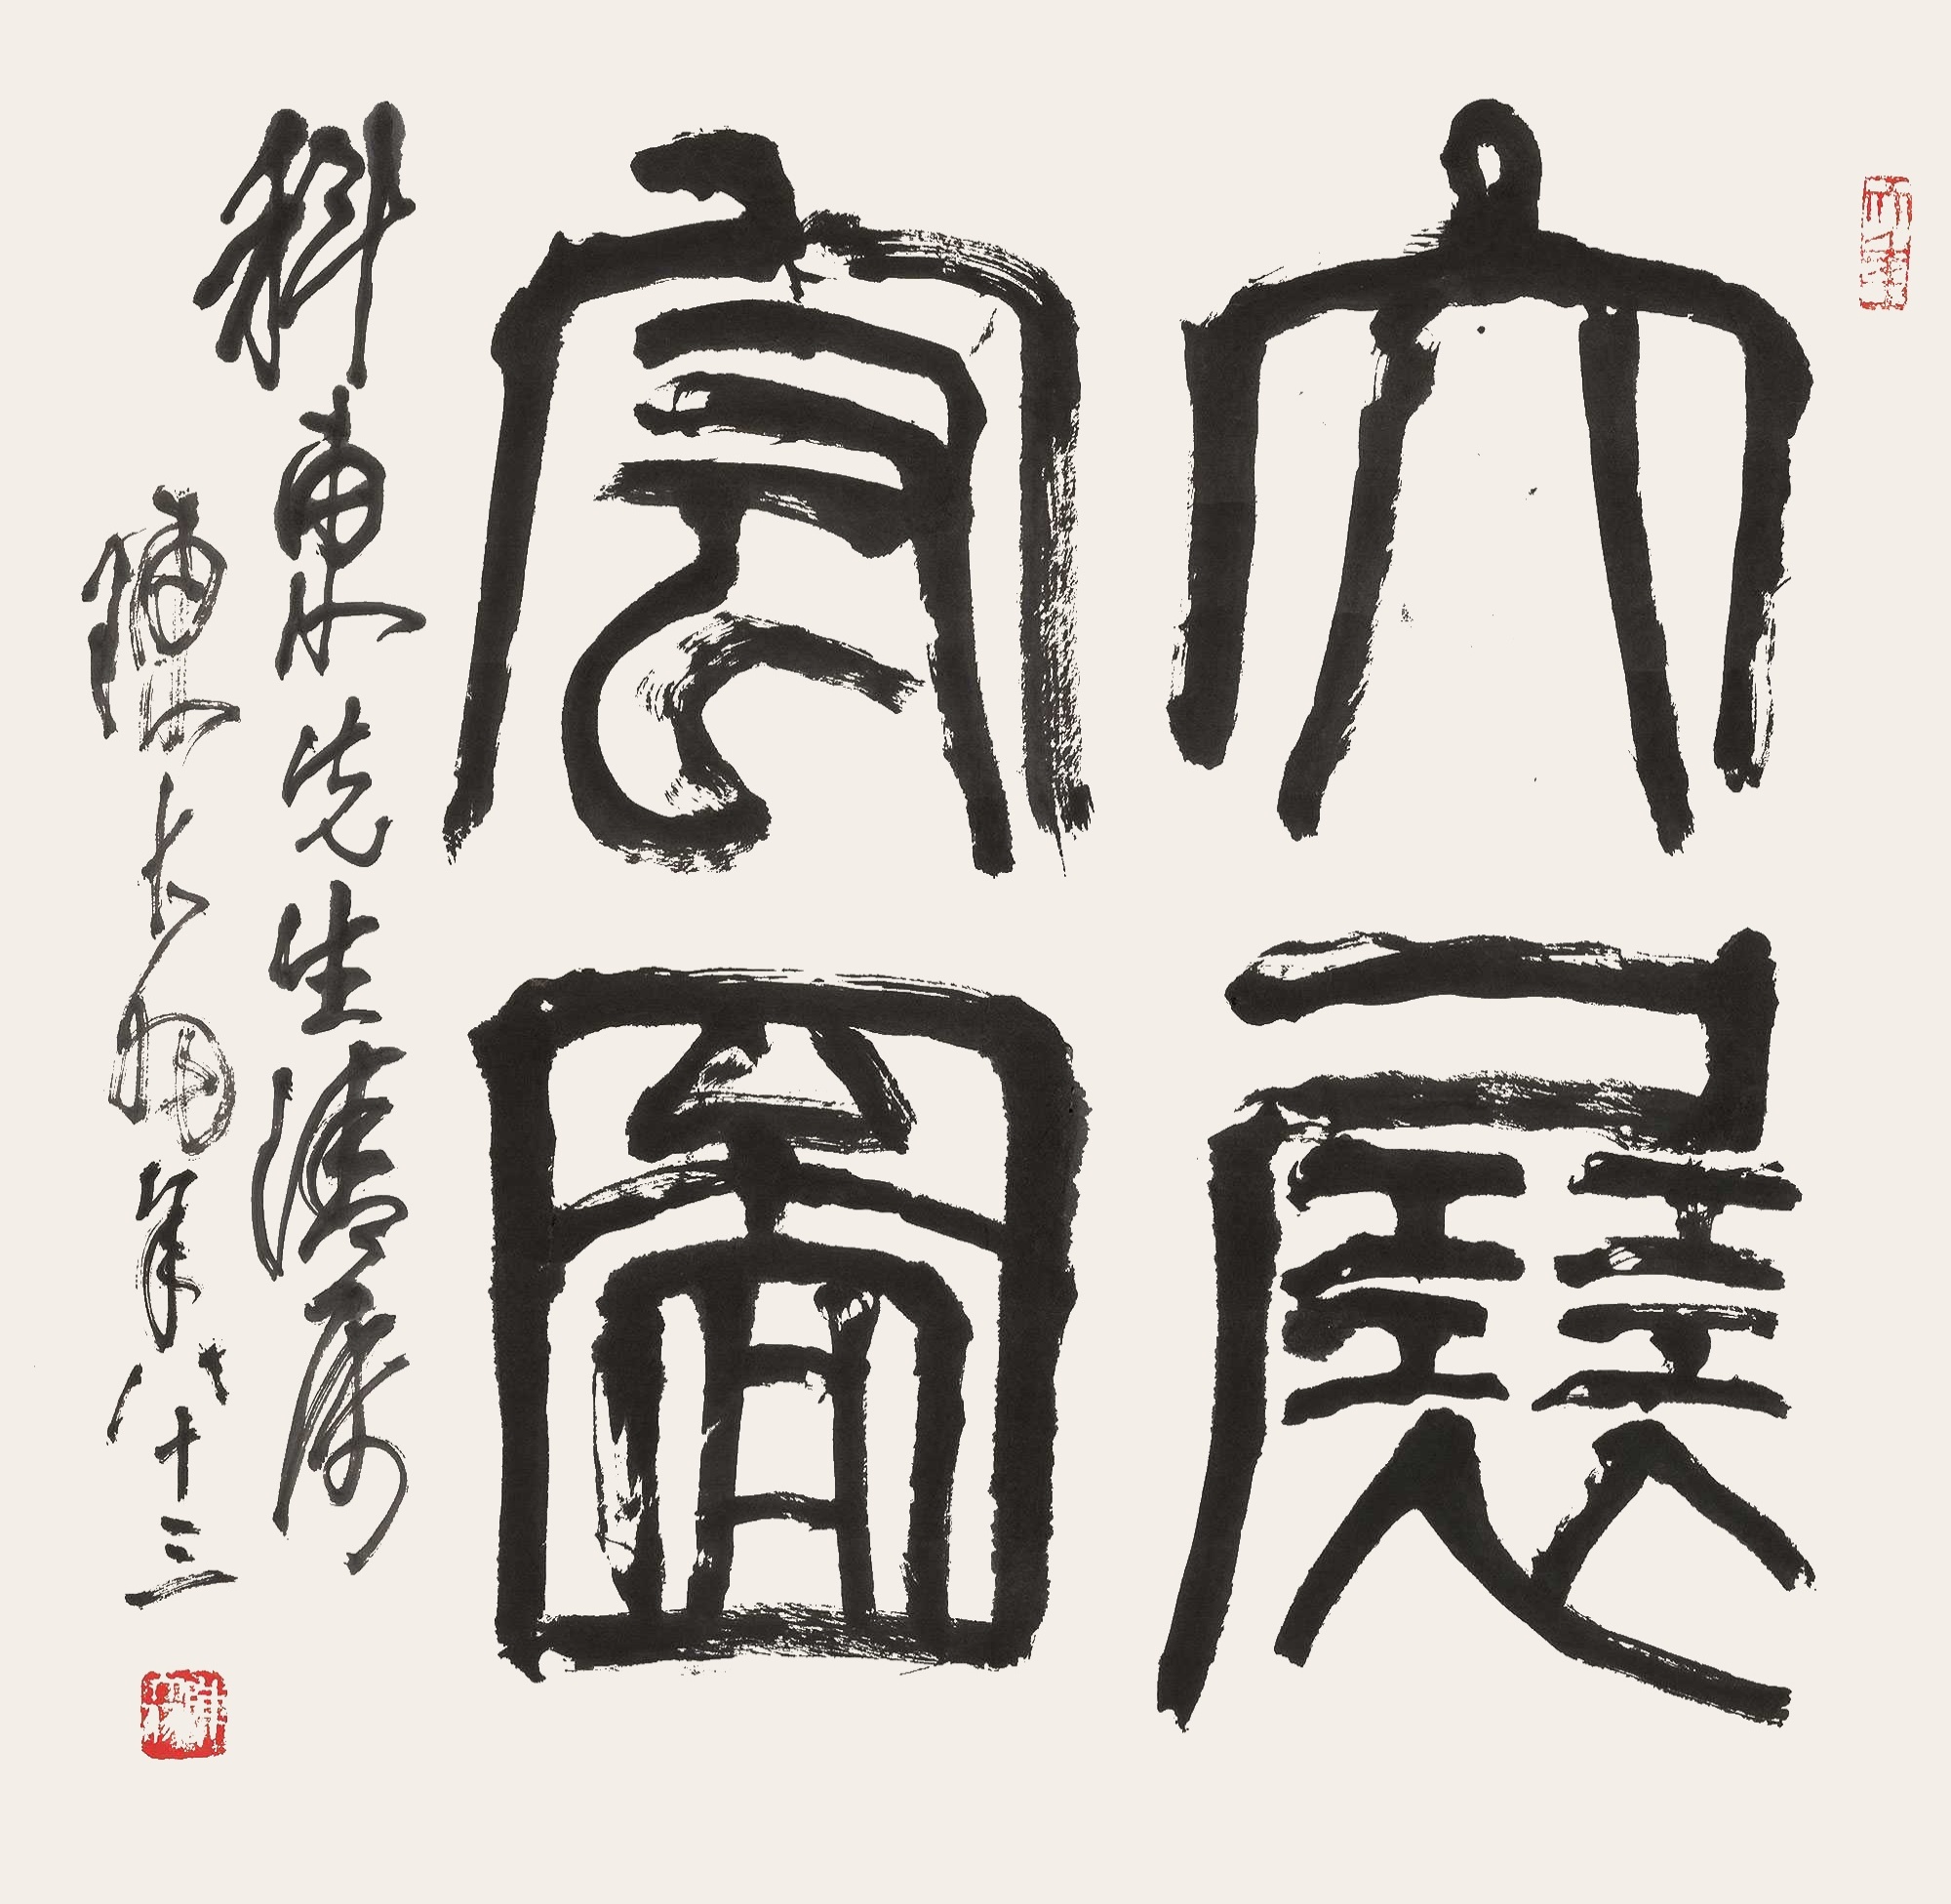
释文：大展宏图科东先生清属，陈大羽年八十三。